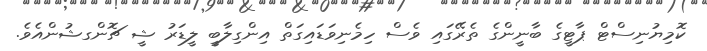
ކޮމިޔުނިސްޓް ޕާޓީގެ ބާނީންގެ ތެރޭގައި ވެސް ހިމެނިވަޑައިގަތް އިންގިލާބީ ލީޑަރު ޝީ ޗޮންގޝުންއެވެ.